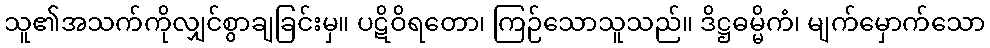
သူ၏အသက်ကိုလျှင်စွာချခြင်းမှ။ ပဋိဝိရတော၊ ကြဉ်သောသူသည်။ ဒိဋ္ဌဓမ္မိကံ၊ မျက်မှောက်သော